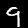
Label: 9